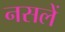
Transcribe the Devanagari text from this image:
नसलें